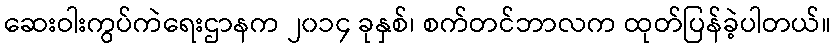
ဆေးဝါးကွပ်ကဲရေးဌာနက ၂၀၁၄ ခုနှစ်၊ စက်တင်ဘာလက ထုတ်ပြန်ခဲ့ပါတယ်။